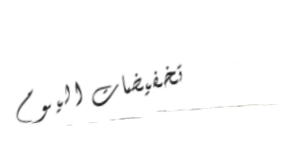
تخفيضات اليوم